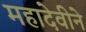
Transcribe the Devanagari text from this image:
महादेवीने